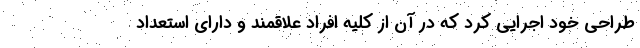
طراحی خود اجرایی کرد که در آن از کلیه افراد علاقمند و دارای استعداد